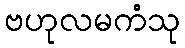
ဗဟုလမကံသု